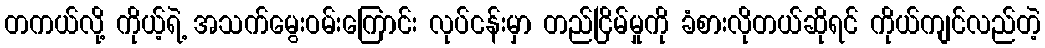
တကယ်လို့ ကိုယ့်ရဲ့ အသက်မွေးဝမ်းကြောင်း လုပ်ငန်းမှာ တည်ငြိမ်မှုကို ခံစားလိုတယ်ဆိုရင် ကိုယ်ကျင်လည်တဲ့